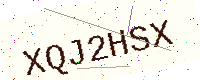
Text: XQJ2HSX